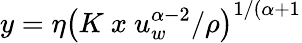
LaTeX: y=\eta\left(K~x~u_{w}^{\alpha-2}/\rho\right)^{1/(\alpha+1}